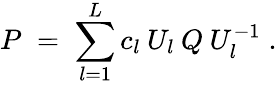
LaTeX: P\; =\; \sum_{l=1}^{L}c_{l}\: U_{l}\: Q\: U_{l}^{-1}\; .